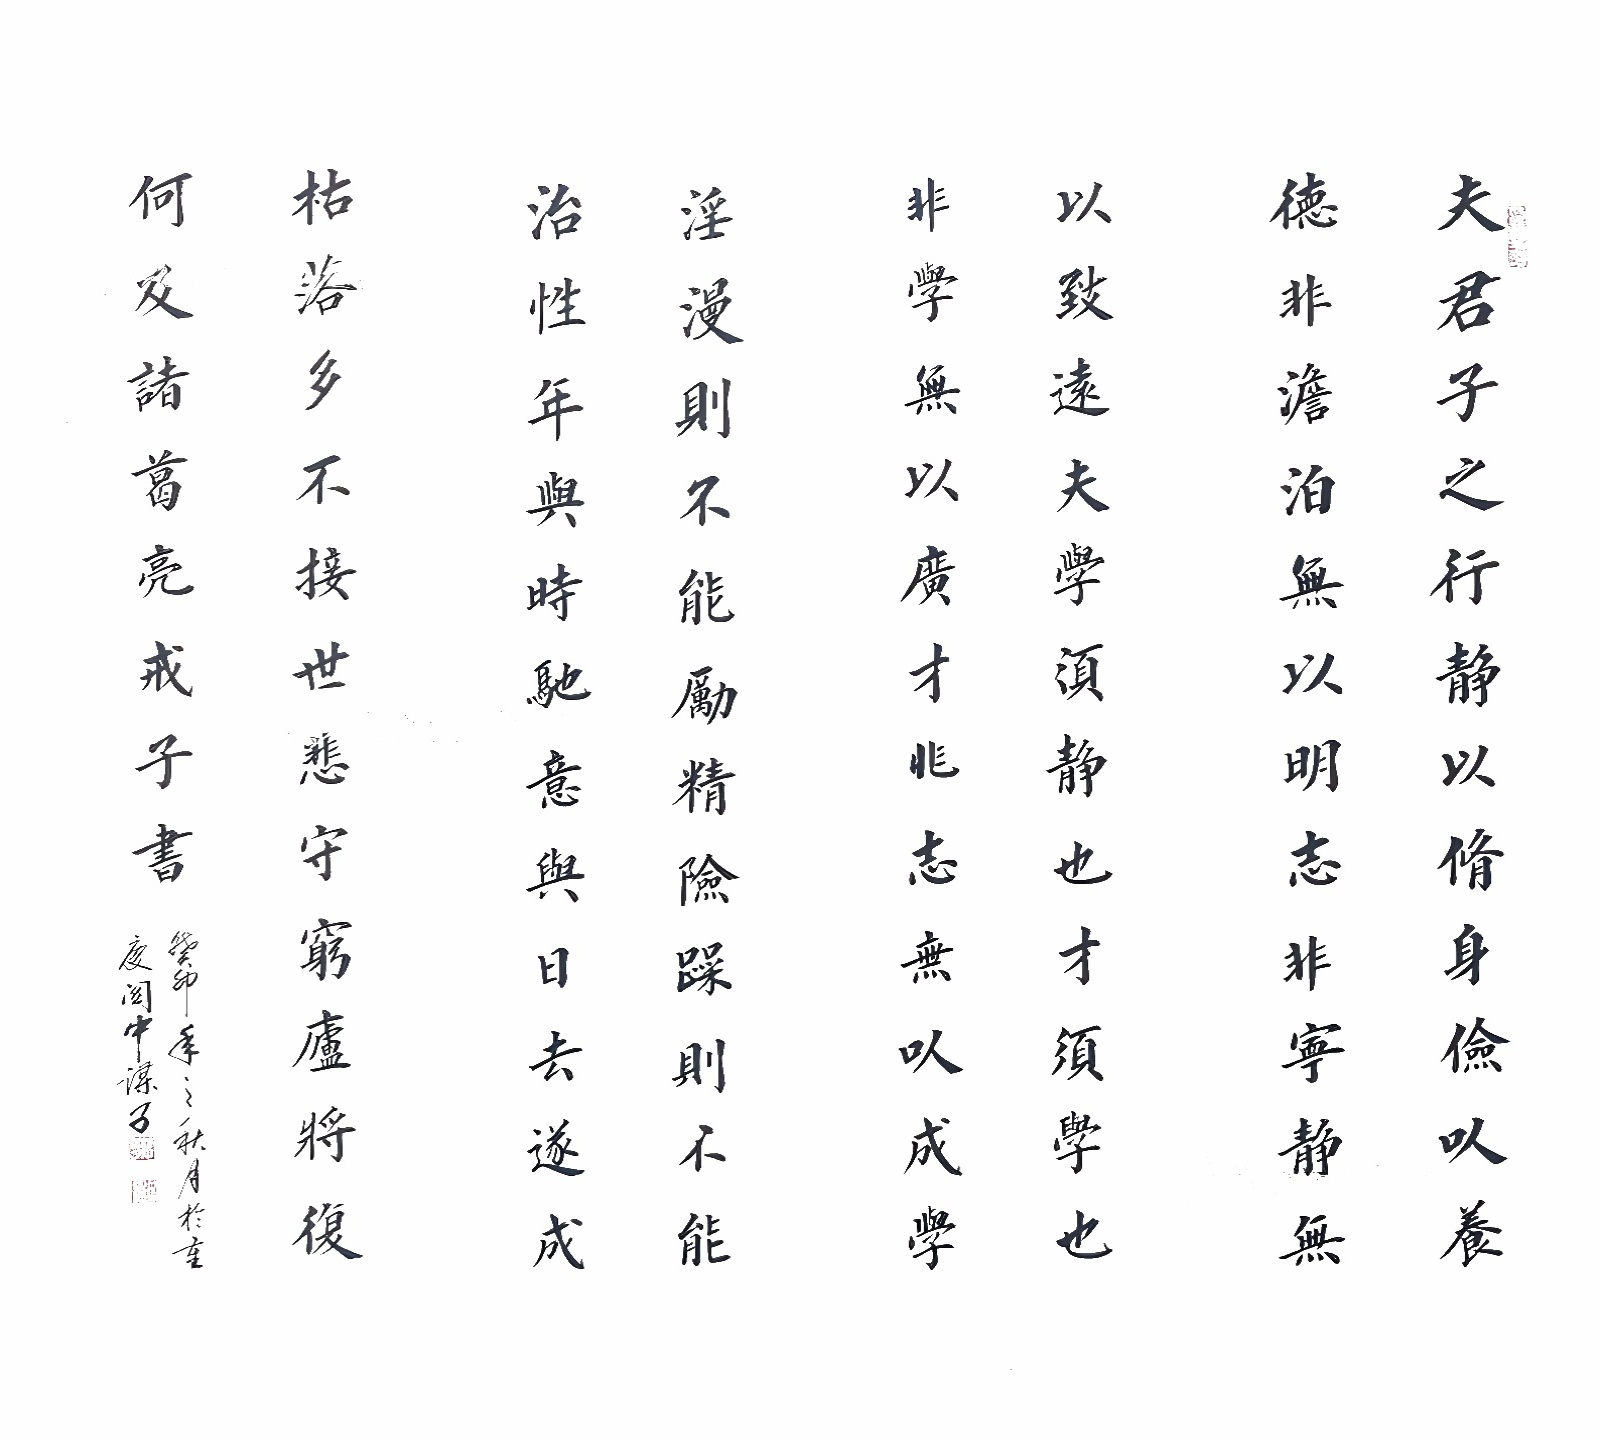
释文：夫君子之行，静以修身，俭以养德。非淡泊无以明志，非宁静无以致远。夫学须静也，才须学也。非学无以广才，非志无以成学。淫慢则不能励精，险躁则不能治性。年与时驰，意与日去，遂成枯落，多不接世，悲守穷庐，将复何及！闫景谋，中华楷书协会理事，刘炳森书画院院士